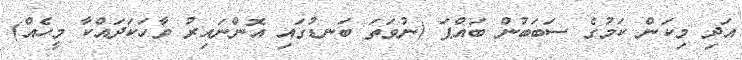
އަދި މިކަން ކަމުގެ ސަބަބުން ބައްޕަ (ނުވަތަ ބަނޑުގައި އޮންނައިރު ވާހަކަދައްކާ މީހެއް)